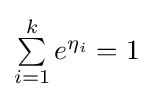
{\textstyle \sum \limits _{i=1}^{k}e^{\eta _{i}}=1}